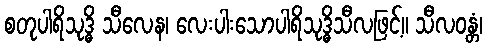
စတုပါရိသုဒ္ဓိ သီလေန၊ လေးပါးသောပါရိသုဒ္ဓိသီလဖြင့်။ သီလဝန္တံ၊